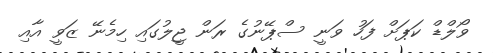
ވޯލްޑް ކަޕަށް ފަހު ވަނީ ސްޕޭނުގެ ރަން ޖީލުގައި ހިމެނޭ ޒަވީ އާއި